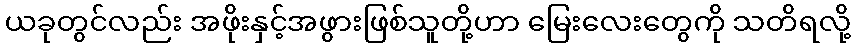
ယခုတွင်လည်း အဖိုးနှင့်အဖွားဖြစ်သူတို့ဟာ မြေးလေးတွေကို သတိရလို့